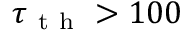
\tau _ { \mathrm { ~ t ~ h ~ } } > 1 0 0